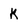
Character: K